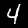
Digit: 4